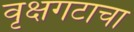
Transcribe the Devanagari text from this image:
वृक्षगटाचा